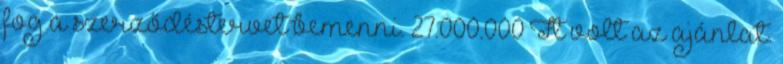
fog a szerződéstervet bemenni. 27.000.000 Ft volt az ajánlat.